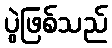
ပွဲဖြစ်သည်